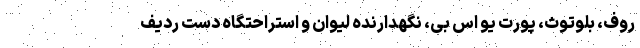
روف، بلوتوث، پورت یو اس بی، نگهدارنده لیوان و استراحتگاه دست ردیف